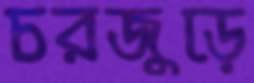
চরজুড়ে